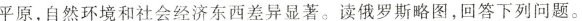
平原，自然环境和社会经济东西差异显著。读俄罗斯略图，回答下列问题。